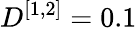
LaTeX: D^{[1,2]}=0.1